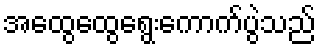
အထွေထွေရွေးကောက်ပွဲသည်